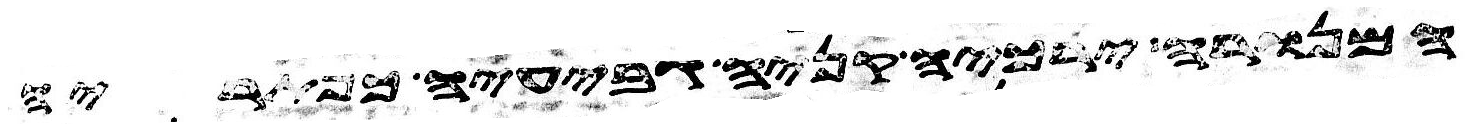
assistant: המנורה ירכיה קניה גביעיה כפתריה